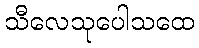
သီလေသုပေါသထေ